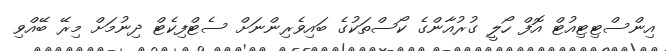
އިންސްޓިޓިއުޓް އޮފް ހޯލީ ގުރުއާންގެ ކޯސްތަކުގެ ބައިވެރިންނަށް ސެޓްފިކެޓް ދިނުމަށް މިރޭ ބޭއްވި